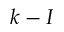
k - I